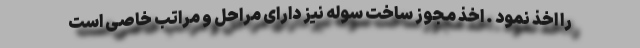
را اخذ نمود . اخذ مجوز ساخت سوله نیز دارای مراحل و مراتب خاصی است